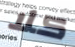
كلا